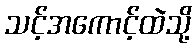
သင့်အကောင့်ထဲသို့